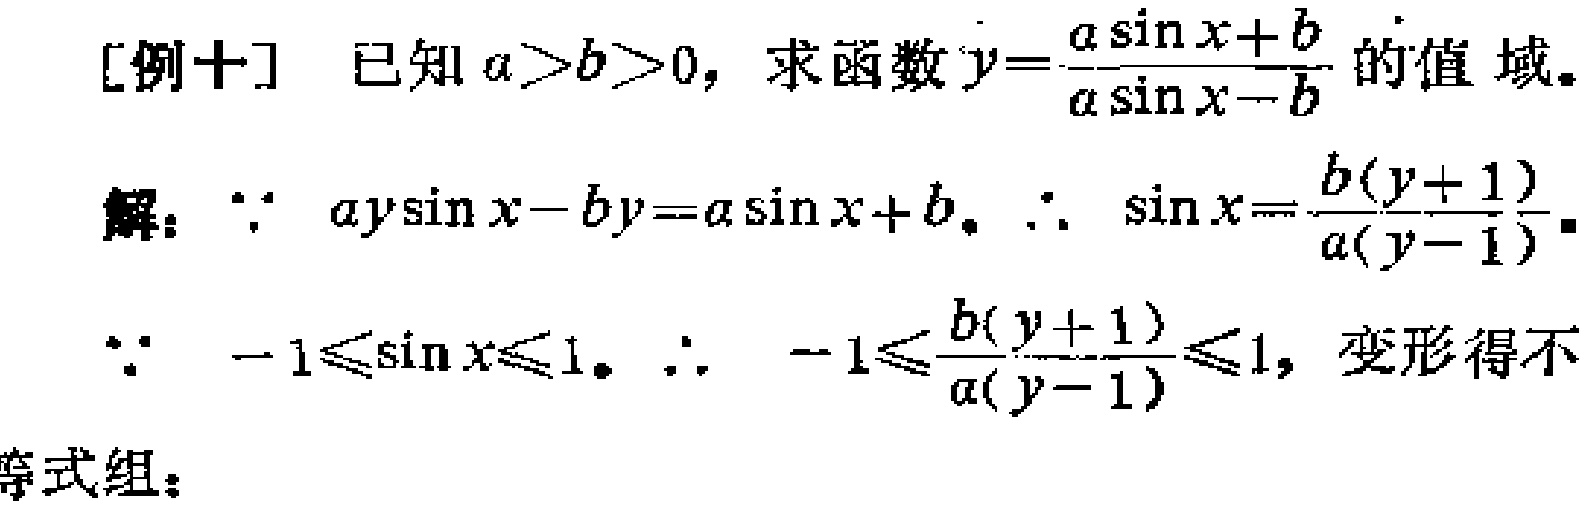
[例十] 已知 \(a > b > 0\)，求函数 \(y = \frac{a\sin x + b}{a\sin x - b}\) 的值域。

解：\(\because a y\sin x - b y = a\sin x + b\)。\(\therefore \sin x = \frac{b(y + 1)}{a(y - 1)}\)。

\(\because - 1\leqslant\sin x\leqslant 1\)。\(\therefore - 1\leqslant\frac{b(y + 1)}{a(y - 1)}\leqslant 1\)，变形得不等式组：